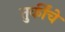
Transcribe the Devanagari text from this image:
तुर्कींचे